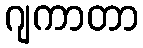
ဂျကာတာ